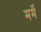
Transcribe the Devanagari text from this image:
मर्मे